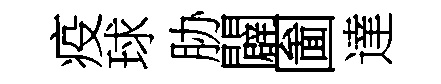
疫球胁闢圗達